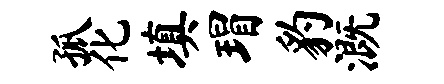
孤化填瑁豹溉